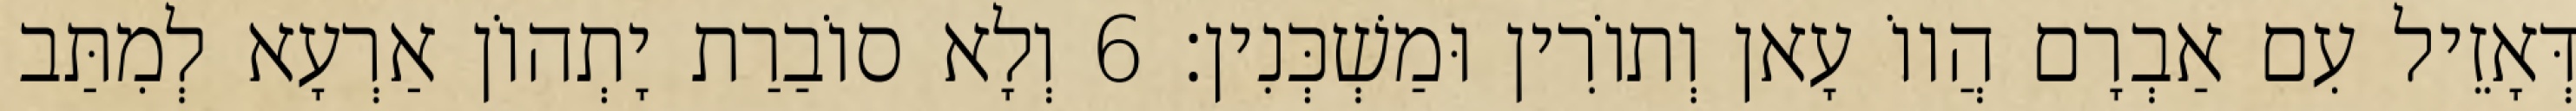
דְּאָזֵיל עִם אַבְרָם הֲווֹ עָאן וְתוֹרִין וּמַשְׁכְּנִין׃ 6 וְלָא סוֹבַרַת יָתְהוֹן אַרְעָא לְמִתַּב